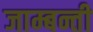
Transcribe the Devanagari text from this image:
जाम्बन्ती